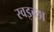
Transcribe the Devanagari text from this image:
स्वइच्छा